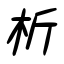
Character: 析